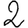
Digit: 2